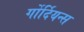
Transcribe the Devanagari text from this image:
र्गोर्दियन्स